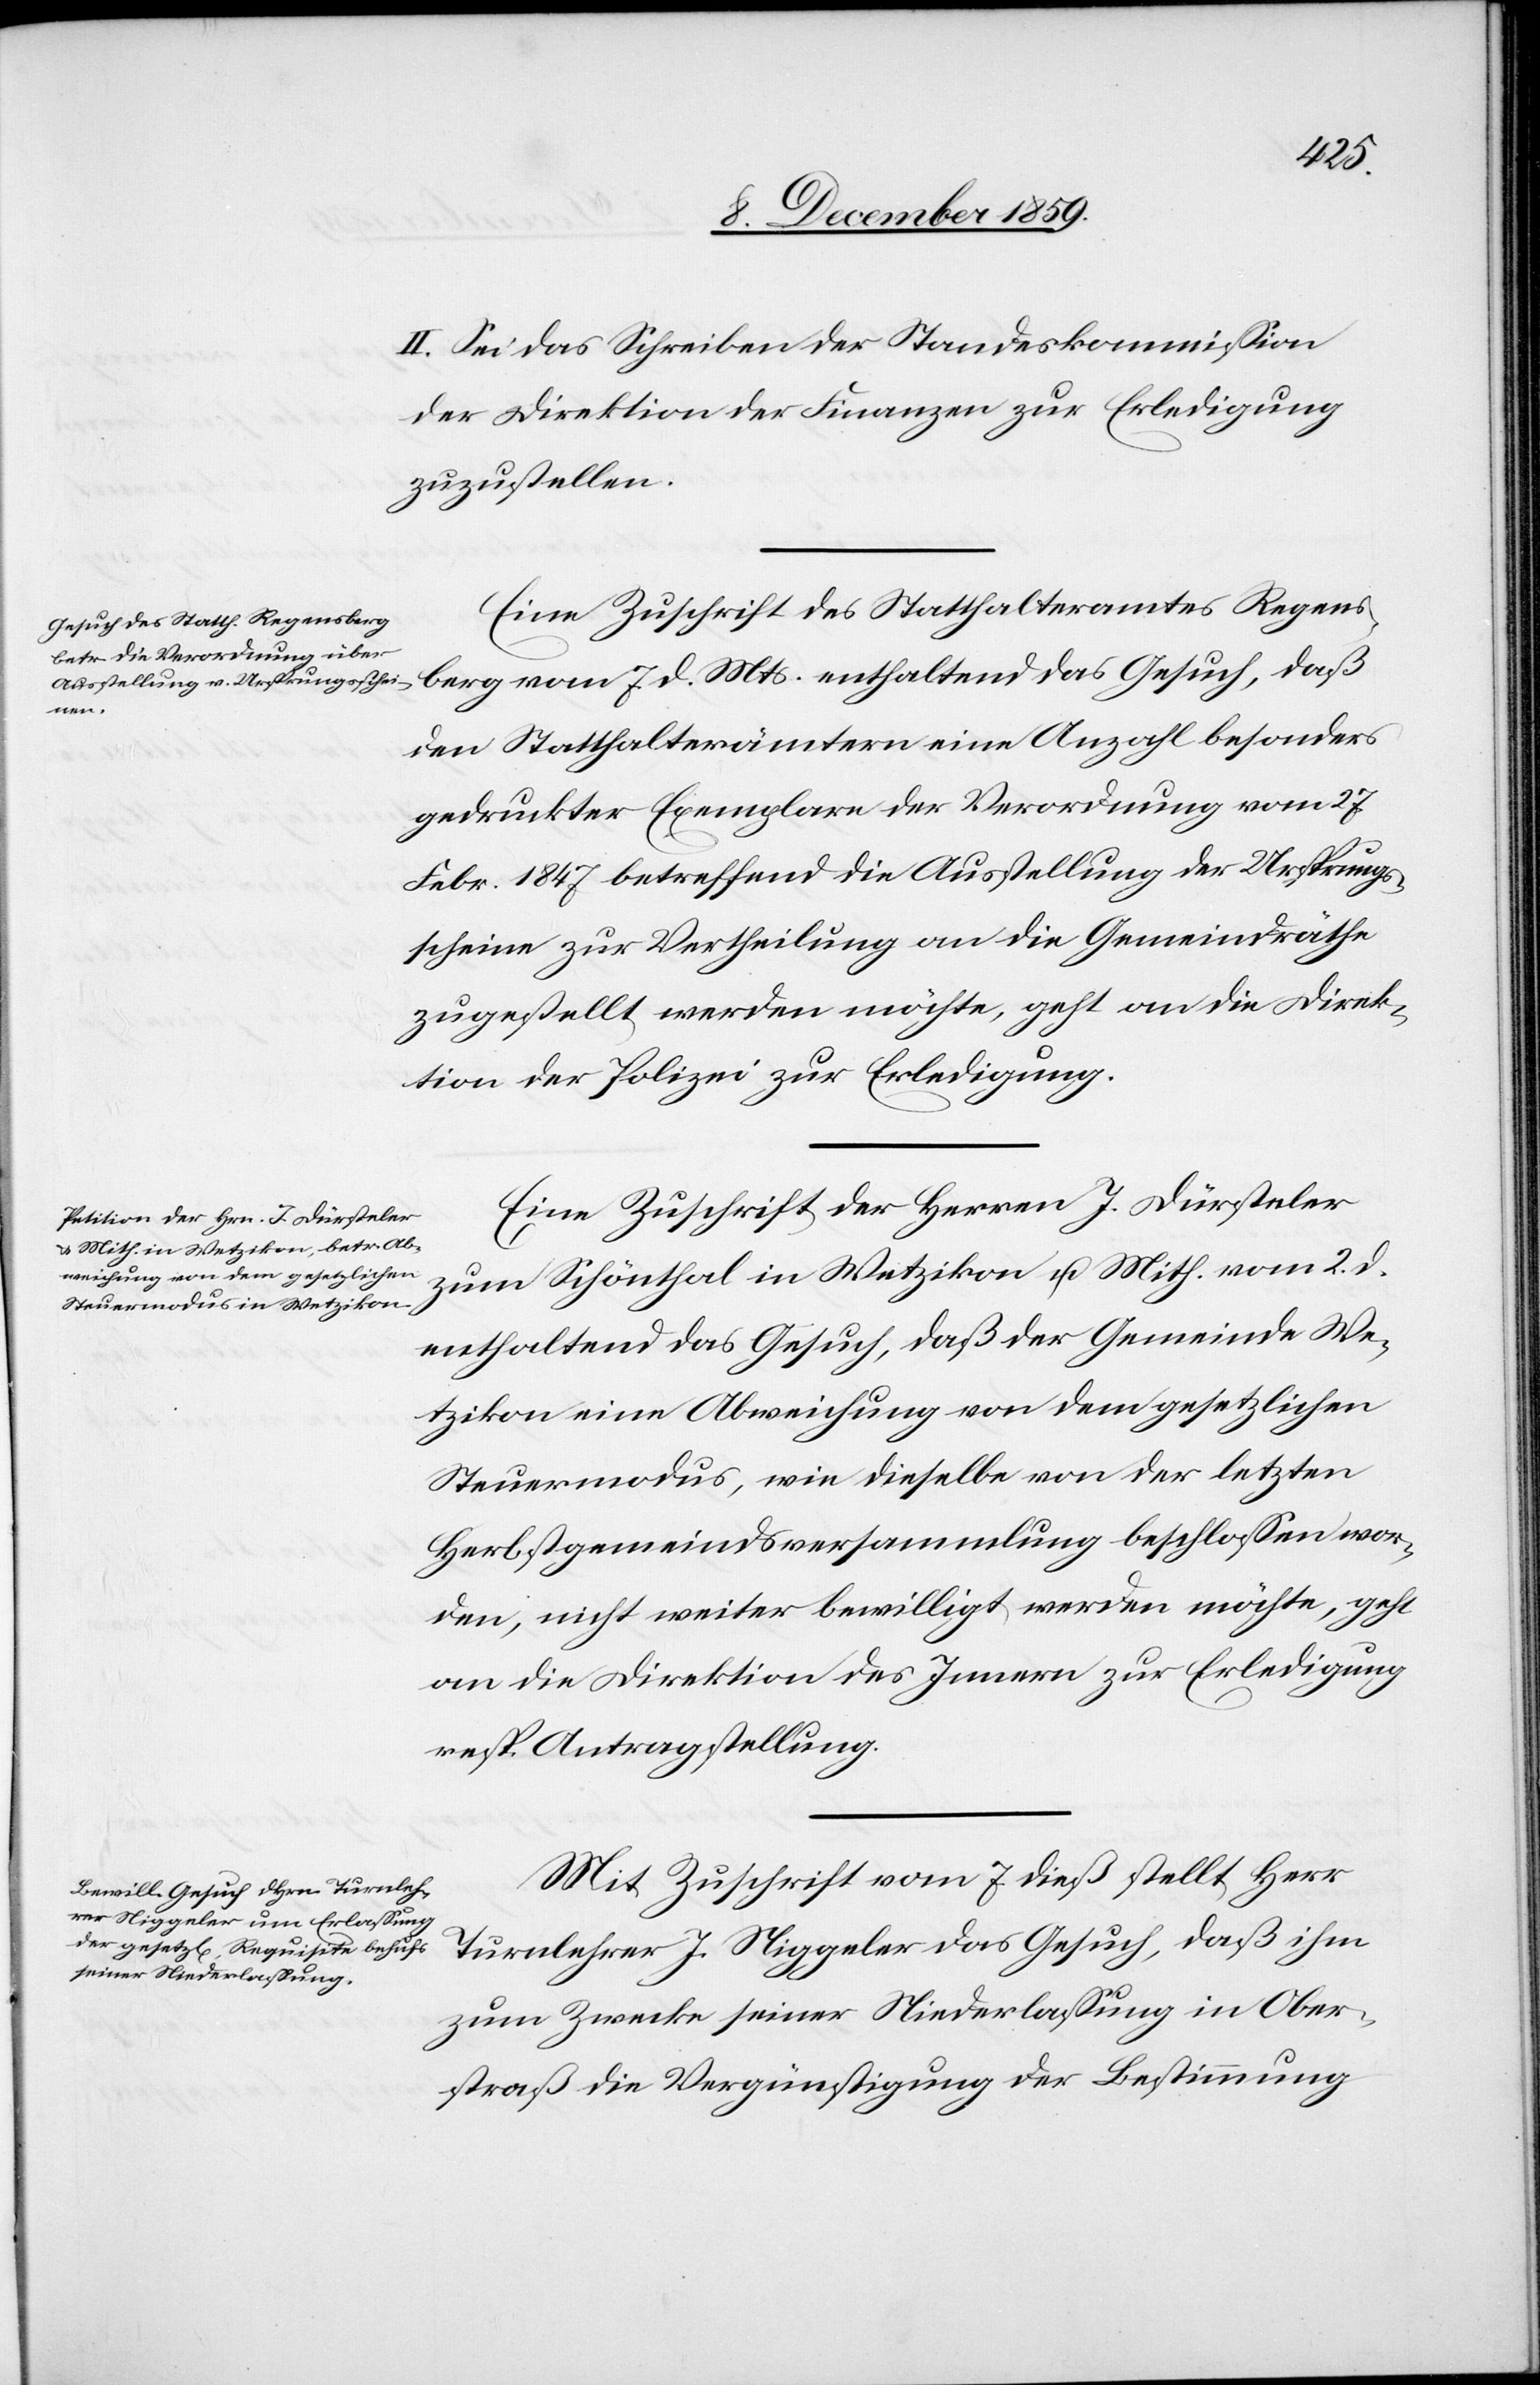
berg
II. Sei das Schreiben der Standeskommission
der Direktion der Finanzen zur Erledigung
zuzustellen.
Eine Zuschrift des Statthalteramtes Regens¬
ine
gedruckter Exemplare der Verordnung vom 27.
Febr. 1847 betreffend die Ausstellung der Ursprungs¬
scheine zur Vertheilung an die Gemeindräthe
zugestellt werden möchte, geht an die Direk¬
tion der Polizei zur Erledigung.
Eine Zuschrift der Herren J. Dürsteler
zum Schönthal in Wetzikon u. Mith. vom 2. d.
enthaltend das Gesuch, daß der Gemeinde We¬
tzikon eine Abweichung von dem gesetzlichen
Steuermodus, wie dieselbe von der letzten
Herbstgemeindsversammlung beschlossen wor¬
den, nicht weiter bewilligt werden möchte, geht
an die Direktion des Innern zur Erledigung
resp. Antragstellung.
Mit Zuschrift vom 7. dieß stellt Herr
Turnlehrer J. Niggeler das Gesuch, daß ihm
zum Zwecke seiner Niederlassung in Ober¬
straß die Vergünstigung der Bestimmung